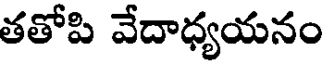
తతోపి వేదాధ్యయనం